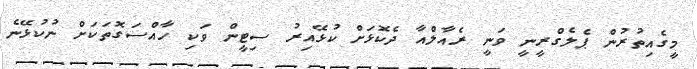
މީގެއިތުރުން ޕެލެގްރީނީ ވަނީ ރެއާލްއާ ދެކޮޅަށް ކުޅޭއިރު ސިޓީން ވަކި ހާއްސަގޮތަކަށް ނުކުޅޭނެ